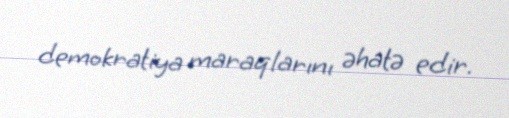
demokratiya maraqlarını əhatə edir.